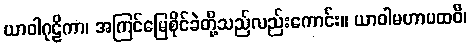
ယာဝါဂုဠိကာ၊ အကြင်မြေစိုင်ခဲတို့သည်လည်းကောင်း။ ယာဝါမဟာပထဝီ၊